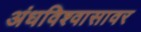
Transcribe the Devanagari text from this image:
अंधविश्वासावर